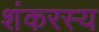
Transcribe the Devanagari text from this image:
शंकरस्य